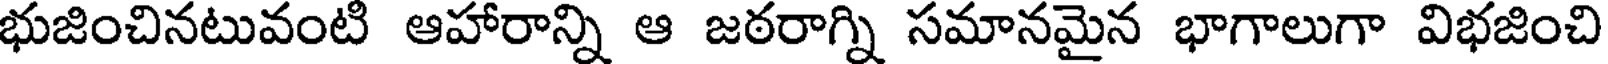
భుజించినటువంటి ఆహారాన్ని ఆ జఠరాగ్ని సమానమైన భాగాలుగా విభజించి